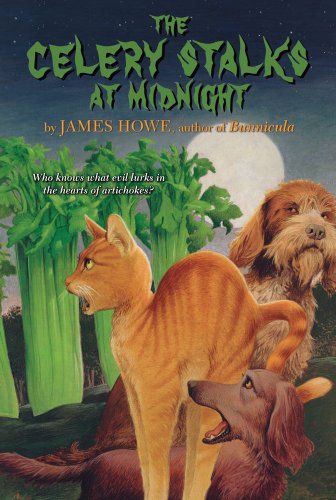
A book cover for The Celery Stalks at Midnight (Bunnicula and Friends); James Howe; Children's Books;